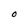
Character: O